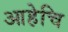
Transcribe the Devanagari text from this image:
आहेचि